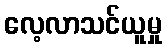
လေ့လာသင်ယူမှု